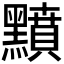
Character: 𪒰